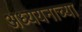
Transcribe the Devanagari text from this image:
अध्ययनाच्या